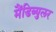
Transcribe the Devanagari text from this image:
मैंडिब्युलर